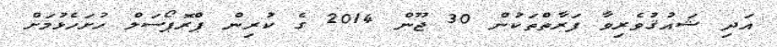
އަދި ޝައުޤުވެރިވާ ފަރާތްތަކުން 30 ޖޫން 2014 ގެ ކުރިން ޕްރޮޕޯސަލް ހުށަހެޅުމަށް